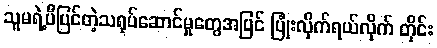
သူမရဲ့ပီပြင်တဲ့သရုပ်ဆောင်မှုတွေအပြင် ပြုံးလိုက်ရယ်လိုက် တိုင်း